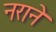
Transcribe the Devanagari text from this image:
नराने